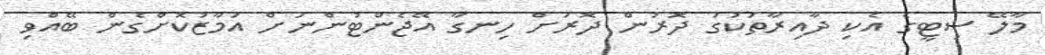
މާލޭ ސިޓީގެ އެކި ދާއިރާތަކުގަ ދޮރުން ދޮރަށް ހިނގާ އޭޖެންޓުންނަށް އަމާޒުކޮށްގެން ބޭއްވި